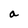
Character: a